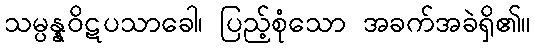
သမ္ပန္နဝိဋပသာခေါ၊ ပြည့်စုံသော အခက်အခဲရှိ၏။